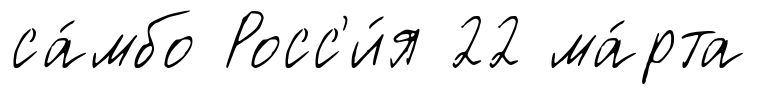
са́мбо Росс'и́я 22 ма́рта